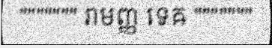
""""""" រាមញ្ញ ទេឝ """""""